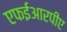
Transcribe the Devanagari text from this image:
एफईआरपीए